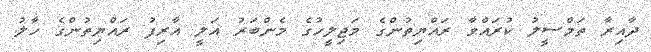
ދާއިރާ ތަމްސީލު ކުރައްވާ ރައްޔިތުންގެ މަޖިލީހުގެ މެންބަރު އަލީ އާރިފު ރައްޔިތުންގެ ހާލު